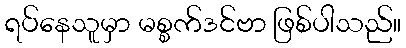
ရပ်နေသူမှာ မစ္စက်ဒင်ဗာ ဖြစ်ပါသည်။